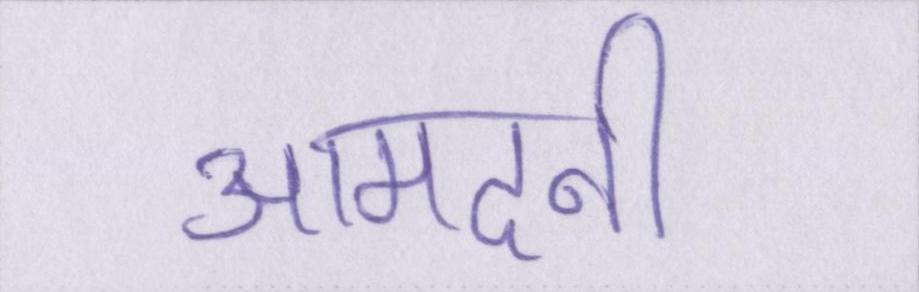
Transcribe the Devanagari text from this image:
आमदनी